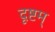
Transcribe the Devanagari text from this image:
दृष्टम्